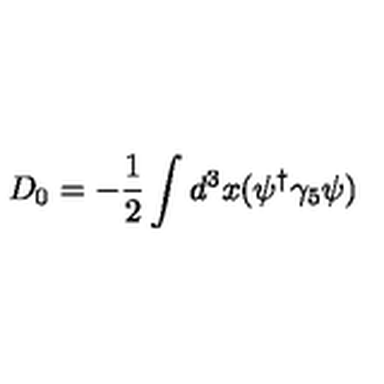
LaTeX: D _ { 0 } = - \frac { 1 } { 2 } \int d ^ { 3 } { x } ( \psi ^ { \dag } \gamma _ { 5 } \psi )